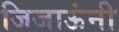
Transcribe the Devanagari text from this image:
जिजाऊंनी